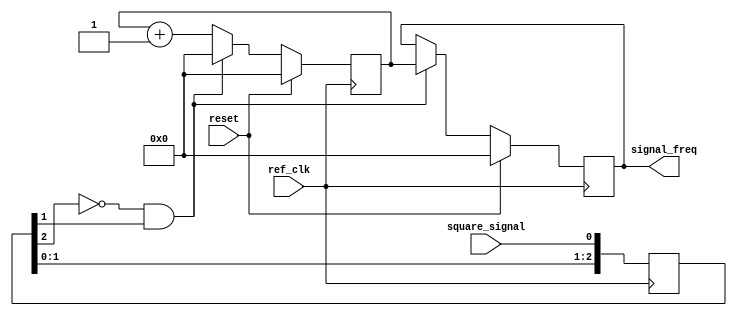
module util_pmod_fmeter_core (
  ref_clk,
  reset,
  square_signal,
  signal_freq);

  input           ref_clk;
  input           reset;
  input           square_signal;
  output  [31:0]  signal_freq;

  // registers

  reg     [31:0]  signal_freq         = 'h0;
  reg     [31:0]  signal_freq_counter = 'h0;
  reg     [ 2:0]  square_signal_buf   = 'h0;

  wire            signal_freq_en;

  assign signal_freq_en = ~square_signal_buf[2] & square_signal_buf[1];

  // internal signals

  always @(posedge ref_clk) begin
    square_signal_buf[0]    <= square_signal;
    square_signal_buf[2:1]  <= square_signal_buf[1:0];
  end

  always @(posedge ref_clk) begin
    if (reset == 1'b1) begin
      signal_freq <= 32'b0;
      signal_freq_counter <= 32'b0;
    end else begin
      if(signal_freq_en == 1'b1) begin
        signal_freq <= signal_freq_counter;
        signal_freq_counter <= 32'h0;
      end else begin
        signal_freq_counter <= signal_freq_counter + 32'h1;
      end
    end
  end

endmodule